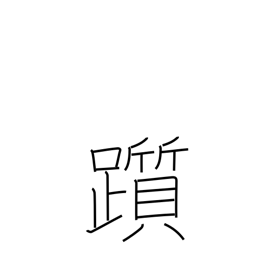
Meaning: stumble